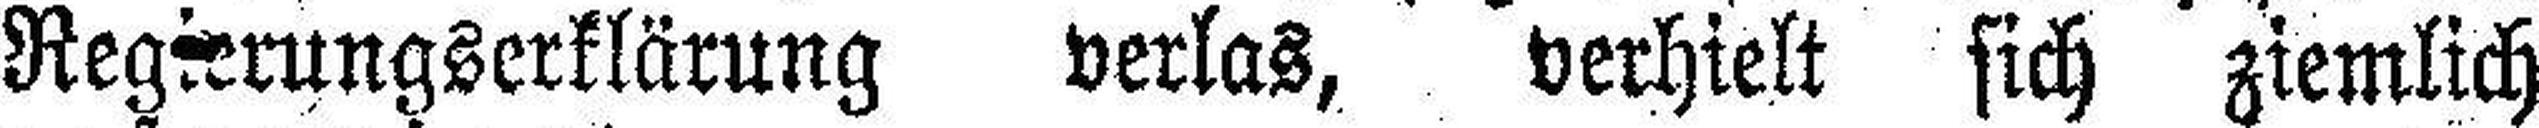
Regierungserklärung verlas, verhielt sich ziemlich